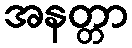
အနတ္တာ